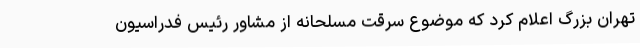
تهران بزرگ اعلام کرد که موضوع سرقت مسلحانه از مشاور رئیس فدراسیون